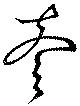
壱